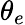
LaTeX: \theta_{e}